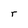
Character: r